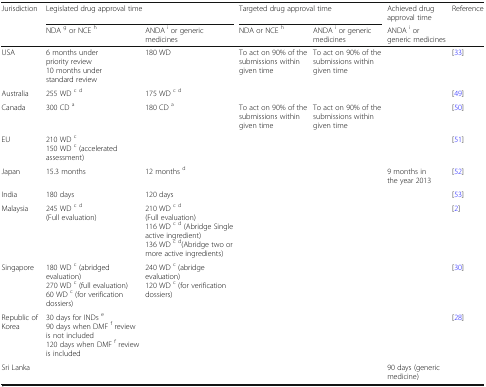
| <ROWSPAN=2> Jurisdiction | <COLSPAN=2> Legislated drug approval time | <COLSPAN=2> Targeted drug approval time | Achieved drug approval time | Reference |
 | NDA g or NCE h | ANDA i or generic medicines | NDA or NCE h | ANDA i or generic medicines | ANDA i or generic medicines |  |
 | --- | --- | --- | --- | --- | --- | --- |
 | USA | 6 months under priority review10 months under standard review | 180 WD | To act on 90% of the submissions within given time | To act on 90% of the submissions within given time |  | [33] |
 | Australia | 255 WD c d | 175 WD c d |  |  |  | [49] |
 | Canada | 300 CD a | 180 CD a | To act on 90% of the submissions within given time | To act on 90% of the submissions within given time |  | [50] |
 | EU | 210 WD c150 WD c (accelerated assessment) |  |  |  |  | [51] |
 | Japan | 15.3 months | 12 months d |  |  | 9 months in the year 2013 | [52] |
 | India | 180 days | 120 days |  |  |  | [53] |
 | Malaysia | 245 WD c d(Full evaluation) | 210 WD c d(Full evaluation)116 WD c d (Abridge Single active ingredient)136 WD c d(Abridge two or more active ingredients) |  |  |  | [2] |
 | Singapore | 180 WD c (abridged evaluation)270 WD c (full evaluation)60 WD c (for verification dossiers) | 240 WD c (abridge evaluation)120 WD c (for verification dossiers) |  |  |  | [30] |
 | Republic of Korea | 30 days for INDs e90 days when DMF f review is not included120 days when DMF f review is included |  |  |  |  | [28] |
 | Sri Lanka |  |  |  |  | 90 days (generic medicine) |  |